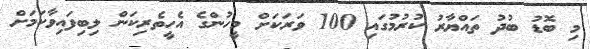
މި ބޮޑު ބުދު ތައްޔާރު ކުރުމުގައި 100 ވަރަކަށް މީހުންގެ އެހީތެރިކަން ލިބިފައިވާކަމަށް